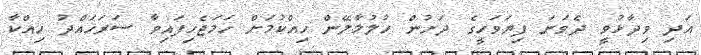
އަދި ވިދާޅުވީ ދެވަނަ ފިޔަވަހީގެ ދަށުން ހުލުމާލޭން ހިއްކުމަށް ހަމަޖެހިފައިވާ ސަރަހައްދު ހިއްކާ